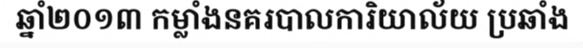
ឆ្នាំ២០១៣ កម្លាំងនគរបាលការិយាល័យ ប្រឆាំង